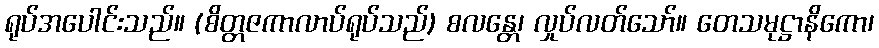
ရုပ်အပေါင်းသည်။ (စိတ္တဇကာလာပ်ရုပ်သည်) စလန္တေ၊ လှုပ်လတ်သော်။ တေသမုဋ္ဌာနိကော၊